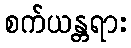
စက်ယန္တရား